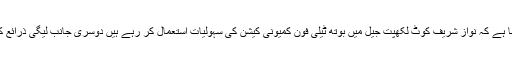
اس ضمن میں محکمہ داخلہ کے ذرائع کا کہنا ہے کہ نواز شریف کوٹ لکھپت جیل میں بوتھ ٹیلی فون کمیونی کیشن کی سہولیات استعمال کر رہے ہیں دوسری جانب لیگی ذرائع کہتے ہیں کہ انھیں یہ سہولیات نہیں دی گئیں۔